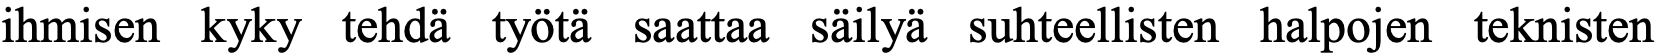
ihmisen kyky tehdä työtä saattaa säilyä suhteellisten halpojen teknisten